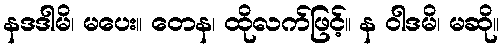
နဒဒါမိ၊ မပေး။ တေန၊ ထိုလက်ဖြင့်။ န ဝါဒမိ၊ မဆို။